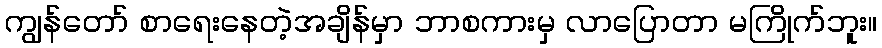
ကျွန်တော် စာရေးနေတဲ့အချိန်မှာ ဘာစကားမှ လာပြောတာ မကြိုက်ဘူး။